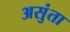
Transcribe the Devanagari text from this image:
असुंता